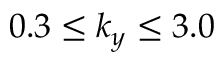
0 . 3 \le k _ { y } \le 3 . 0